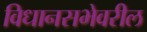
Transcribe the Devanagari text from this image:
विधानसभेवरील